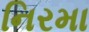
નિરમા